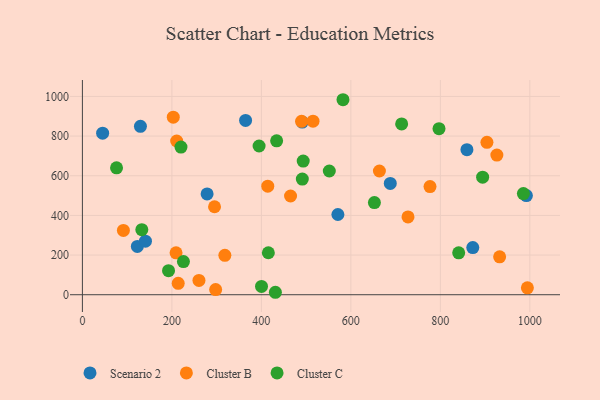
{"axis": {"x": "Investment", "y": "Salary"}, "legend": ["Cluster B", "Cluster C", "Scenario 2"], "data": [{"x": "278.7", "y": 508.2, "type": "Scenario 2"}, {"x": "688.1", "y": 561.1, "type": "Scenario 2"}, {"x": "129.7", "y": 849.0, "type": "Scenario 2"}, {"x": "872.5", "y": 237.8, "type": "Scenario 2"}, {"x": "571.0", "y": 404.6, "type": "Scenario 2"}, {"x": "992.3", "y": 500.2, "type": "Scenario 2"}, {"x": "122.8", "y": 243.6, "type": "Scenario 2"}, {"x": "45.2", "y": 814.8, "type": "Scenario 2"}, {"x": "364.7", "y": 878.7, "type": "Scenario 2"}, {"x": "859.4", "y": 731.6, "type": "Scenario 2"}, {"x": "491.4", "y": 870.7, "type": "Scenario 2"}, {"x": "140.9", "y": 270.3, "type": "Scenario 2"}, {"x": "295.3", "y": 443.6, "type": "Cluster B"}, {"x": "414.3", "y": 547.6, "type": "Cluster B"}, {"x": "214.1", "y": 57.5, "type": "Cluster B"}, {"x": "297.8", "y": 25.9, "type": "Cluster B"}, {"x": "904.1", "y": 768.5, "type": "Cluster B"}, {"x": "994.5", "y": 34.8, "type": "Cluster B"}, {"x": "203.1", "y": 895.1, "type": "Cluster B"}, {"x": "663.8", "y": 623.9, "type": "Cluster B"}, {"x": "209.3", "y": 211.3, "type": "Cluster B"}, {"x": "489.8", "y": 874.3, "type": "Cluster B"}, {"x": "210.7", "y": 775.2, "type": "Cluster B"}, {"x": "318.4", "y": 198.9, "type": "Cluster B"}, {"x": "515.4", "y": 875.0, "type": "Cluster B"}, {"x": "776.9", "y": 545.5, "type": "Cluster B"}, {"x": "727.7", "y": 392.3, "type": "Cluster B"}, {"x": "465.2", "y": 497.8, "type": "Cluster B"}, {"x": "932.5", "y": 191.0, "type": "Cluster B"}, {"x": "260.5", "y": 72.4, "type": "Cluster B"}, {"x": "926.3", "y": 704.0, "type": "Cluster B"}, {"x": "91.6", "y": 324.2, "type": "Cluster B"}, {"x": "894.5", "y": 592.7, "type": "Cluster C"}, {"x": "491.5", "y": 583.3, "type": "Cluster C"}, {"x": "985.6", "y": 510.2, "type": "Cluster C"}, {"x": "713.5", "y": 861.4, "type": "Cluster C"}, {"x": "582.4", "y": 983.3, "type": "Cluster C"}, {"x": "400.3", "y": 41.7, "type": "Cluster C"}, {"x": "415.6", "y": 211.8, "type": "Cluster C"}, {"x": "192.5", "y": 121.5, "type": "Cluster C"}, {"x": "493.5", "y": 673.9, "type": "Cluster C"}, {"x": "434.1", "y": 775.9, "type": "Cluster C"}, {"x": "220.3", "y": 744.6, "type": "Cluster C"}, {"x": "394.9", "y": 750.0, "type": "Cluster C"}, {"x": "841.0", "y": 211.1, "type": "Cluster C"}, {"x": "551.8", "y": 623.8, "type": "Cluster C"}, {"x": "132.8", "y": 328.0, "type": "Cluster C"}, {"x": "652.6", "y": 464.8, "type": "Cluster C"}, {"x": "431.3", "y": 12.4, "type": "Cluster C"}, {"x": "797.0", "y": 837.1, "type": "Cluster C"}, {"x": "76.3", "y": 640.1, "type": "Cluster C"}, {"x": "225.8", "y": 167.4, "type": "Cluster C"}]}